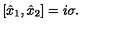
[ \hat { x } _ { 1 } , \hat { x } _ { 2 } ] = i \sigma .